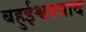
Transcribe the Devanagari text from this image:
बहुईश्वरवाद